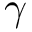
\gamma